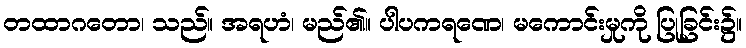
တထာဂတော၊ သည်။ အရဟံ၊ မည်၏။ ပါပကရဏေ၊ မကောင်းမှုကို ပြုခြင်း၌။